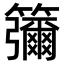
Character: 䉲